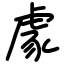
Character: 豦